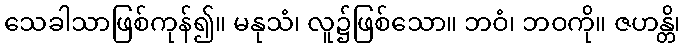
သေခါသာဖြစ်ကုန်၍။ မနုသံ၊ လူ၌ဖြစ်သော။ ဘဝံ၊ ဘဝကို။ ဇဟန္တိ၊